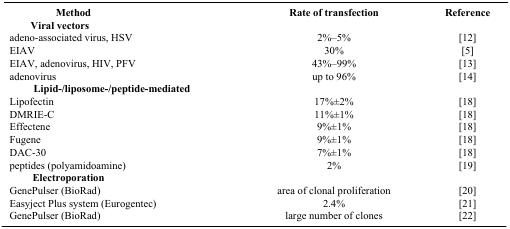
| Method | Rate of transfection | Reference |
 | --- | --- | --- |
 | <COLSPAN=3> Viral vectors |
 | adeno-associated virus, HSV | 2%–5% | [12] |
 | EIAV | 30% | [5] |
 | EIAV, adenovirus, HIV, PFV | 43%–99% | [13] |
 | adenovirus | up to 96% | [14] |
 | <COLSPAN=3> Lipid-/liposome-/peptide-mediated |
 | Lipofectin | 17%±2% | [18] |
 | DMRIE-C | 11%±1% | [18] |
 | Effectene | 9%±1% | [18] |
 | Fugene | 9%±1% | [18] |
 | DAC-30 | 7%±1% | [18] |
 | peptides (polyamidoamine) | 2% | [19] |
 | <COLSPAN=3> Electroporation |
 | GenePulser (BioRad) | area of clonal proliferation | [20] |
 | Easyject Plus system (Eurogentec) | 2.4% | [21] |
 | GenePulser (BioRad) | large number of clones | [22] |